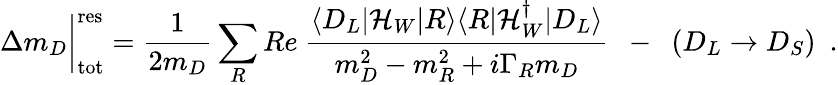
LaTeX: \Delta m_{D}\bigg|_{\mathrm{tot}}^{\mathrm{res}}=\frac{1}{2m_{D}}\sum_{R}Re~\frac{\langle D_{L}|{\cal H}_{W}|R\rangle\langle R|{\cal H}_{W}^{\dagger}|D_{L}\rangle}{m_{D}^{2}-m_{R}^{2}+i\Gamma_{R}m_{D}}\ \ -\ \ (D_{L}\to D_{S})\ \ .